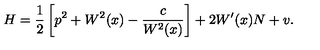
H = \frac 1 2 \left[ p ^ { 2 } + W ^ { 2 } ( x ) - \frac { c } { W ^ { 2 } ( x ) } \right] + 2 W ^ { \prime } ( x ) N + v .